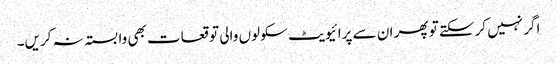
اگر نہیں کرسکتے تو پھر ان سے پرائیویٹ سکولوں والی توقعات بھی وابستہ نہ کریں۔